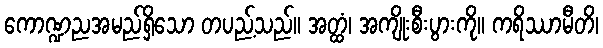
ကောဏ္ဍညအမည်ရှိသော တပည့်သည်။ အတ္ထံ၊ အကျိုးစီးပွားကို။ ကရိဿာမီတိ၊